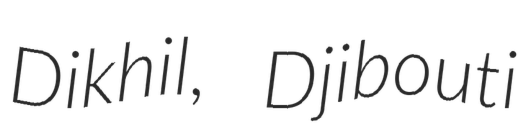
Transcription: Dikhil, Djibouti